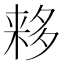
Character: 𬻮